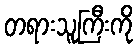
တရားသူကြီးကို